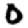
Digit: 0